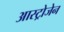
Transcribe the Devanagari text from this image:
आस्ट्रोजेन